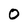
Character: 0